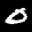
Label: 0